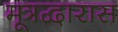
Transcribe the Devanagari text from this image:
मूत्रद्वारास